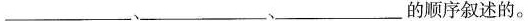
___、___、___的顺序叙述的。